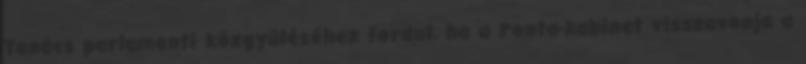
Tanács parlamenti közgyűléséhez fordul, ha a Ponta-kabinet visszavonja a